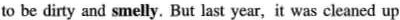
to be dirty and smelly, But last year,it was cleaned up